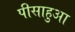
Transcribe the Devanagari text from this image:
पीसाहुआ